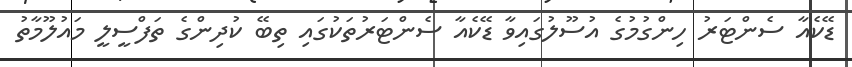
ޑޭކެއާ ސެންޓަރު ހިންގުމުގެ އުސޫލުގައިވާ ޑޭކެއާ ސެންޓަރުތަކުގައި ތިބޭ ކުދިންގެ ތަފްސީލީ މައުލޫމާތު